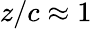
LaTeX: z/c\approx 1